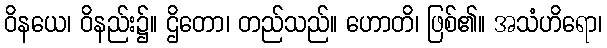
ဝိနယေ၊ ဝိနည်း၌။ ဌိတော၊ တည်သည်။ ဟောတိ၊ ဖြစ်၏။ အသံဟိရော၊